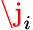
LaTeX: \j_{i}